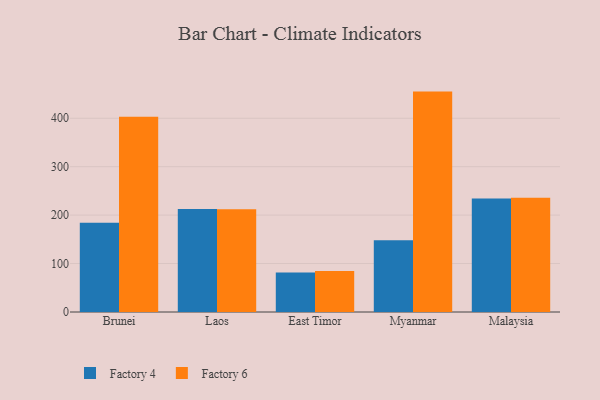
{"axis": {"x": "Country", "y": "Latency (ms)"}, "legend": ["Factory 4", "Factory 6"], "data": [{"x": "Brunei", "y": 184.1, "type": "Factory 4"}, {"x": "Brunei", "y": 403.0, "type": "Factory 6"}, {"x": "Laos", "y": 212.4, "type": "Factory 4"}, {"x": "Laos", "y": 212.0, "type": "Factory 6"}, {"x": "East Timor", "y": 81.3, "type": "Factory 4"}, {"x": "East Timor", "y": 84.6, "type": "Factory 6"}, {"x": "Myanmar", "y": 148.3, "type": "Factory 4"}, {"x": "Myanmar", "y": 455.0, "type": "Factory 6"}, {"x": "Malaysia", "y": 234.1, "type": "Factory 4"}, {"x": "Malaysia", "y": 236.1, "type": "Factory 6"}]}